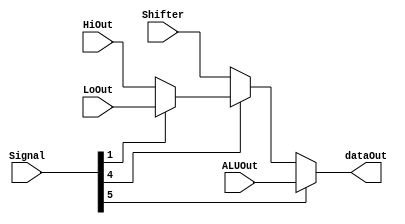
`timescale 1ns/1ns
module MUX( ALUOut, HiOut, LoOut, Shifter, Signal, dataOut );
input [31:0] ALUOut ;
input [31:0] HiOut ;
input [31:0] LoOut ;
input [31:0] Shifter ;
input [5:0] Signal ;
output [31:0] dataOut ;
reg [31:0] temp ;
parameter AND = 6'b100100; //ALU
parameter OR  = 6'b100101; //ALU
parameter ADD = 6'b100000; //ALU
parameter SUB = 6'b100010; //ALU
parameter SLT = 6'b101010; //ALU
parameter SRL = 6'b000010; // SHIFTER
parameter MFHI = 6'b010000; // HiOut
parameter MFLO = 6'b010010; 
assign dataOut = (Signal[5]) ?  ALUOut : ((Signal[4]) ? (Signal[1]) ? LoOut : HiOut : Shifter);



endmodule